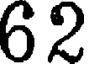
62